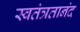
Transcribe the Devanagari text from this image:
स्वतंत्रतानंद